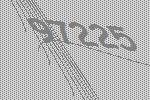
97225